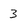
Character: 3